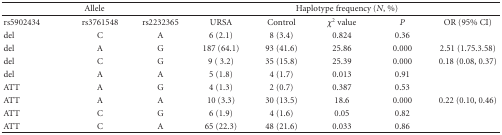
<table><thead><tr><td colspan="3"><b>Allele</b></td><td colspan="5"><b> Haplotype frequency (<i>N</i>, %)</b></td></tr></thead><tbody><tr><td>rs5902434</td><td>rs3761548</td><td>rs2232365</td><td> URSA</td><td> Control</td><td><i>χ</i><sup>2</sup> value</td><td><i>P</i></td><td> OR (95% CI)</td></tr><tr><td> del</td><td> C</td><td> A</td><td> 6 (2.1)</td><td> 8 (3.4)</td><td> 0.824</td><td> 0.36</td><td></td></tr><tr><td> del</td><td> A</td><td> G</td><td> 187 (64.1)</td><td> 93 (41.6)</td><td> 25.86</td><td> 0.000</td><td> 2.51 (1.75.3.58)</td></tr><tr><td> del</td><td> C</td><td> G</td><td> 9 ( 3.2)</td><td> 35 (15.8)</td><td> 25.39</td><td> 0.000</td><td> 0.18 (0.08, 0.37)</td></tr><tr><td> del</td><td> A</td><td> A</td><td> 5 (1.8)</td><td> 4 (1.7)</td><td> 0.013</td><td> 0.91</td><td></td></tr><tr><td> ATT</td><td> A</td><td> G</td><td> 4 (1.3)</td><td> 2 (0.7)</td><td> 0.387</td><td> 0.53</td><td></td></tr><tr><td> ATT</td><td> A</td><td> A</td><td> 10 (3.3)</td><td> 30 (13.5)</td><td> 18.6</td><td> 0.000</td><td> 0.22 (0.10, 0.46)</td></tr><tr><td> ATT</td><td> C</td><td> G</td><td> 6 (1.9)</td><td> 4 (1.6)</td><td> 0.05</td><td> 0.82</td><td></td></tr><tr><td> ATT</td><td> C</td><td> A</td><td> 65 (22.3)</td><td> 48 (21.6)</td><td> 0.033</td><td> 0.86</td><td></td></tr></tbody></table>